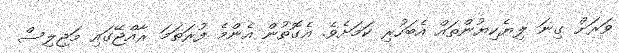
ވަރަށް ގިނަ ލިޔެކިޔުންތައް އެބަހުރި ކަމަށެވެ. އެގޮތުން އެންމެ ފުރަތަމަ ރާއްޖޭގައި މަޖިލިސް